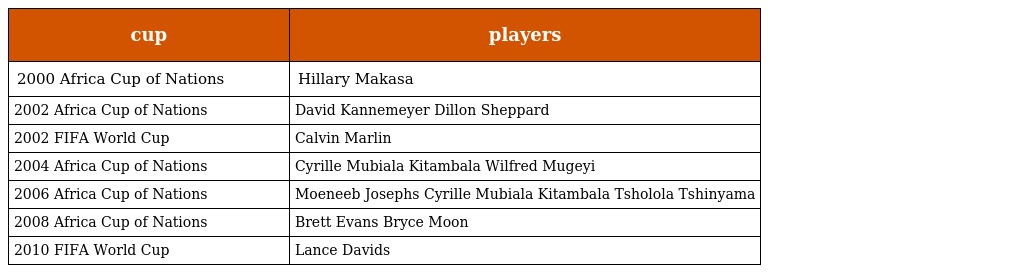
| cup | players |
 | --- | --- |
 | 2000 Africa Cup of Nations | Hillary Makasa |
 | 2002 Africa Cup of Nations | David Kannemeyer Dillon Sheppard |
 | 2002 FIFA World Cup | Calvin Marlin |
 | 2004 Africa Cup of Nations | Cyrille Mubiala Kitambala Wilfred Mugeyi |
 | 2006 Africa Cup of Nations | Moeneeb Josephs Cyrille Mubiala Kitambala Tsholola Tshinyama |
 | 2008 Africa Cup of Nations | Brett Evans Bryce Moon |
 | 2010 FIFA World Cup | Lance Davids |